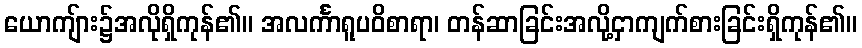
ယောကျ်ား၌အလိုရှိကုန်၏။ အလင်္ကာရူပဝိစာရာ၊ တန်ဆာခြင်းအလို့ငှာကျက်စားခြင်းရှိကုန်၏။